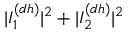
| I _ { 1 } ^ { ( d h ) } | ^ { 2 } + | I _ { 2 } ^ { ( d h ) } | ^ { 2 }